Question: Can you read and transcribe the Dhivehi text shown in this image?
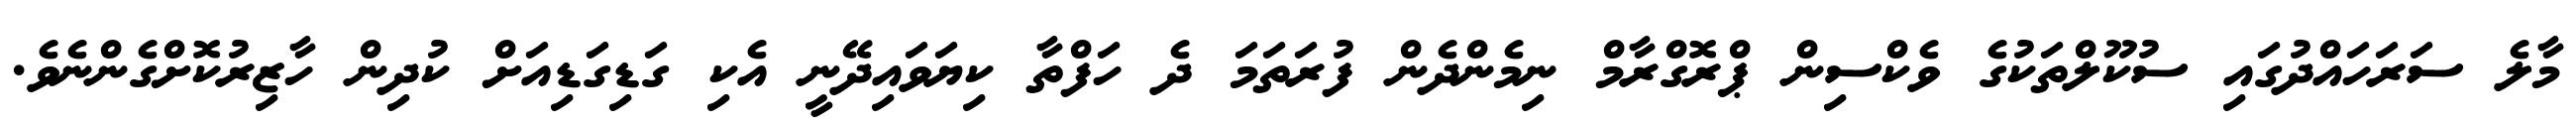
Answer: މާލެ ސަރަހައްދުގައި ސުކޫލްތަކުގެ ވެކްސިން ޕްރޮގްރާމް ނިމެންދެން ފުރަތަމަ ދެ ހަފްތާ ކިޔަވައިދޭނީ އެކި ގަޑިގަޑިއަށް ކުދިން ހާޒިރުކޮށްގެންނެވެ.